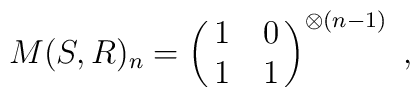
M(S,R)_n =\left(\matrix{1 & 0 \cr1 & 1 \cr}\right)^{\otimes (n-1)} \ ,